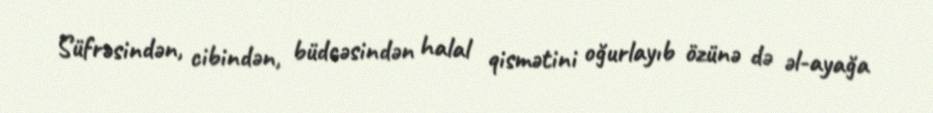
Süfrəsindən, cibindən, büdcəsindən halal qismətini oğurlayıb özünə də əl-ayağa